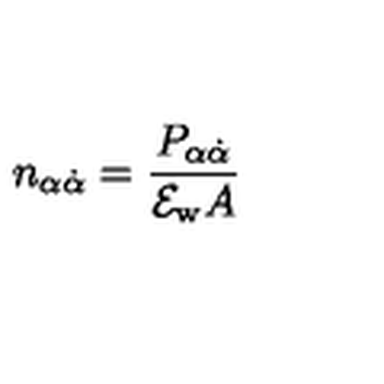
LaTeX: n _ { \alpha \dot { \alpha } } = \frac { P _ { \alpha \dot { \alpha } } } { { \cal E } _ { \mathrm { w } } A }